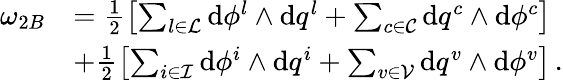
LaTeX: \begin{array}{rl}{\omega_{2B}}&{=\frac{1}{2}\left[\sum_{l\in\mathcal{L}}\mathrm{d}\phi^{{l}}\wedge\mathrm{d}q^{l}+\sum_{c\in\mathcal{C}}\mathrm{d}q^{c}\wedge\mathrm{d}\phi^{{c}}\right]}\\ &{+\frac{1}{2}\left[\sum_{i\in\mathcal{I}}\mathrm{d}\phi^{{i}}\wedge\mathrm{d}q^{i}+\sum_{v\in\mathcal{V}}\mathrm{d}q^{v}\wedge\mathrm{d}\phi^{{v}}\right]\, .}\end{array}